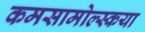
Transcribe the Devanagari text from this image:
कमसामोल्स्कया